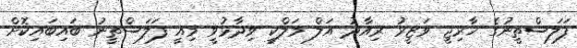
ފަލަސްތީނުގެ ޚާރިޖީ ވަޒީރު ރިއާދު އަލް މަލްކީ ވިދާޅުވީ މިއީ ފަލަސްތީނު ބައިބައިކޮށް